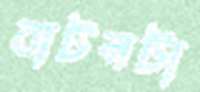
বাটনটা